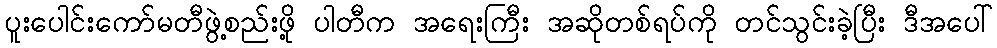
ပူးပေါင်းကော်မတီဖွဲ့စည်းဖို့ ပါတီက အရေးကြီး အဆိုတစ်ရပ်ကို တင်သွင်းခဲ့ပြီး ဒီအပေါ်